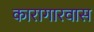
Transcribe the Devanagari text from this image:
कारागारवास